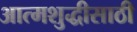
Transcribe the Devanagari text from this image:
आत्मशुद्धीसाठी